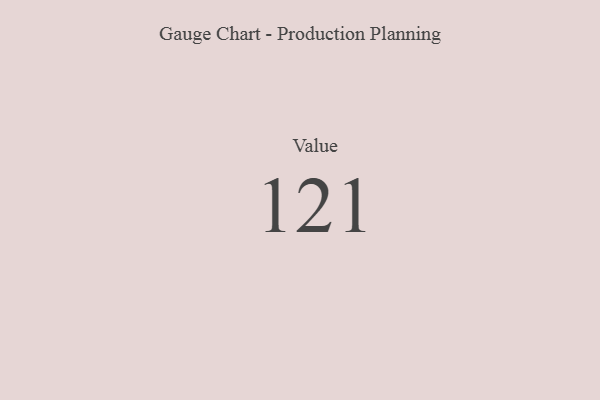
{"axis": {"x": "Metric", "y": "Value"}, "legend": [""], "data": [{"x": "Value", "y": 121, "type": ""}]}